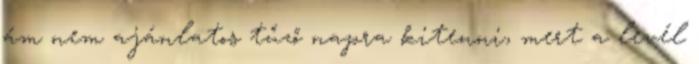
ám nem ajánlatos tűző napra kitenni, mert a levél